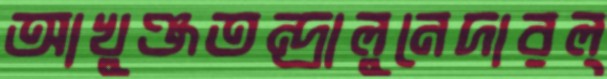
আখুঞ্জতন্দ্রালুনেদারল্